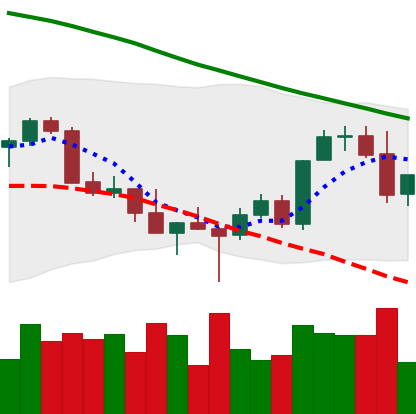
Ticker: XMR-USD
Chart end date: 2022-03-05
Forward return: 8.169%
Label: up_7plus